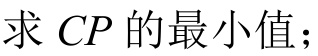
求 \(CP\) 的最小值；